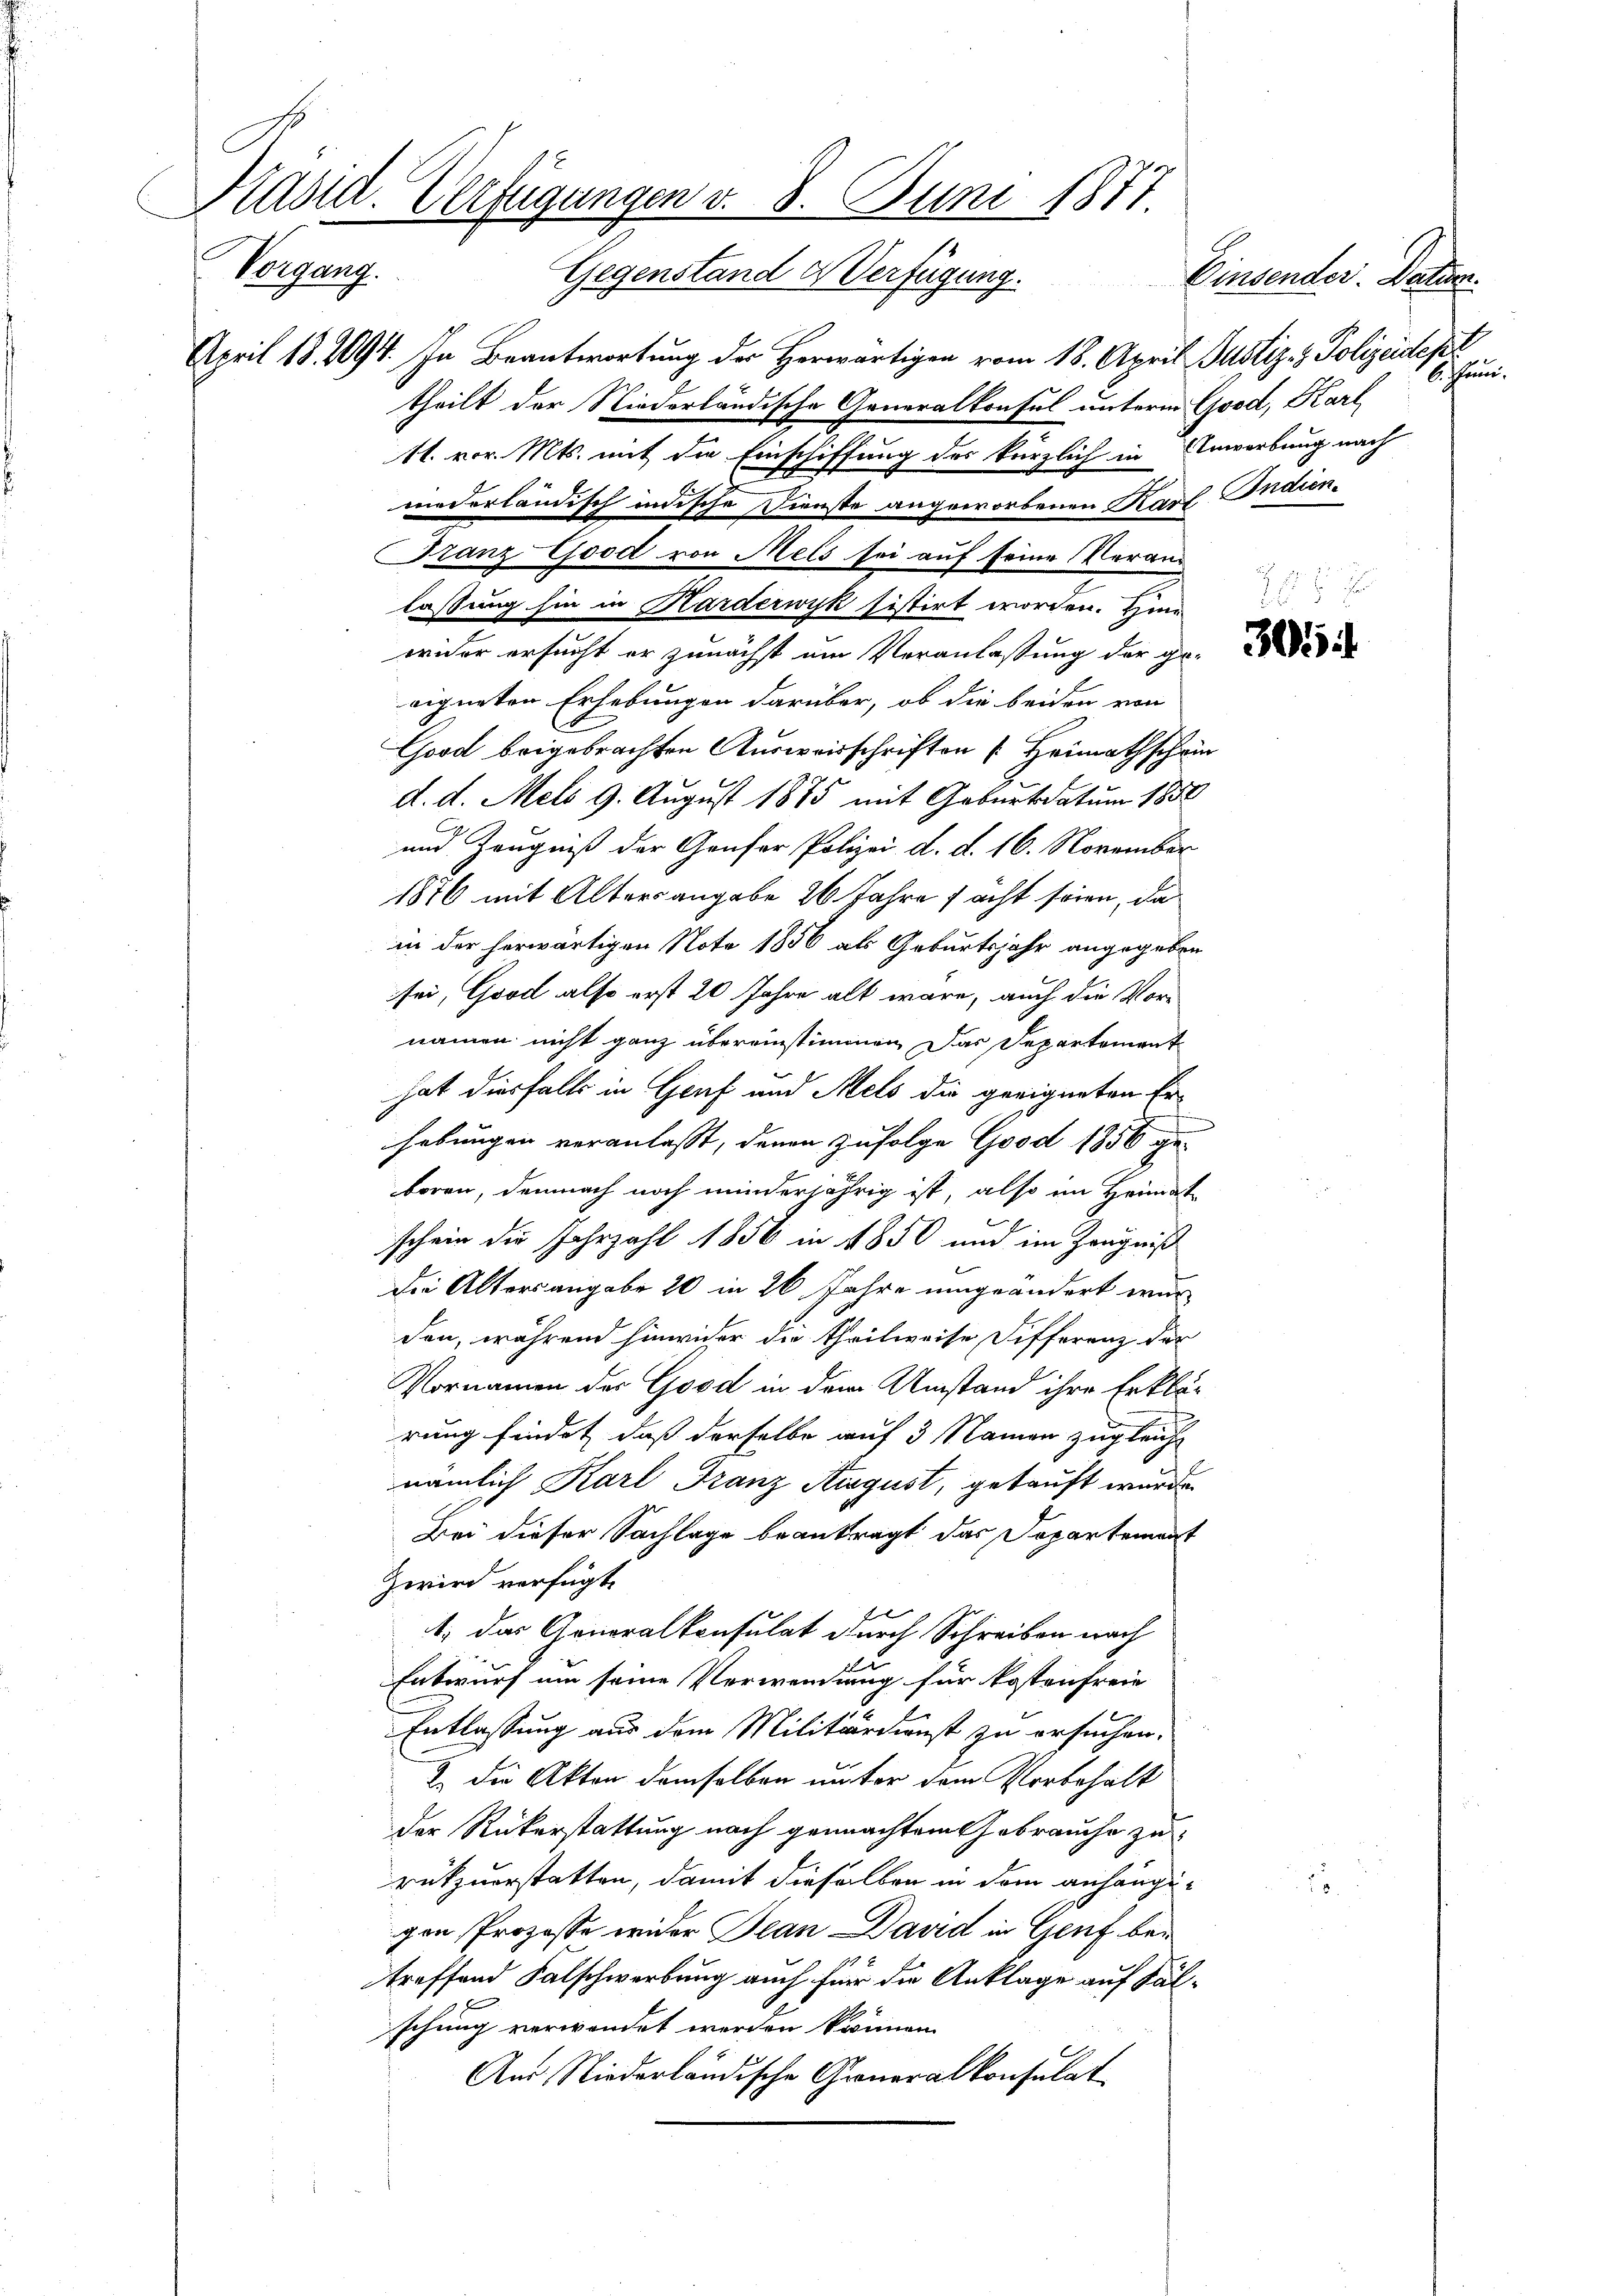
e

April 18. 2094. In Beantwortung der Herwärtigen vom 18. April Justiz- & Polizeidept
theilt der Niederländische Generalkonsul unterm Good, Karl
11. vor. Mts. mit die Einschiffung des kürzlich in Anwerbung nach
wederländisch indische Dienste angeworbenen Karl Indien¬
Franz-Good von Mels sei auf seine Veranlassung hin in Harderwyk sistirt worden. Hie
wider ersucht er zunächst um Veranlassung der ge-
eigneten Erhebungen darüber, ob die beiden von
Good beigebrachten Ausweisschriften Heimathschein
d. d. Melo 9. August 1875 mit Geburt datum 1858
und Zeugniß der Genfer Polizei d. d. 16. November
1876 mit Altersangabe 26 Jahre sacht seien, da
in der herwärtigen Note 1856 als Geburtsjahr angegeben
sei, Good also erst 20 Jahre alt wäre, auch die Vornamen nicht ganz übereinstimmen. Das Departement
hat diesfalls in Gruf und Mels die geeigneten Erhebungen veranlasst, denen zufolge Good 1856 ge-
boren, demnach noch minderjährig ist, also im Heimat
schein die Jahrzahl 1856 in 1850 und im Zeugniß
Die Altersangabe 20 in 26 Jahre umgeändert wurden, während hinwieder die Theilweise Differenz der
Vornamen des Good in dem Umstand ihre Erklärung findet, daß derselbe auf 3 Namen zugleich
nämlich Karl Franz August, gekauft wurde.
Bei dieser Sachlage beantragt das Sopartement
Zwird verfügt,
1) das Gonoralkonsulat durch Schreiben nach
Entwurf um seine Verwendung für kostenfreie
Entlassung aus dem Militärdienst zu ersuchen.
2. Die Akten demselben unter dem Vorbehalt
der Rükerstattung nach gemachtem Gebrauche zu
rükzuerstatten, damit dieselben in dem anhängigen Prozesse wider Jean David in Genf bei
treffend Falschwerbung auch für die Anklage auf Fälschung verwendet werden können.
Aus Niederländische Generalkonsulat

Präsid. Verfügungen v. 8. Juni 1877.
Vorgang.
Gegenstand & Verfügung. Einsender. Datum.

16. Juni.

2

228